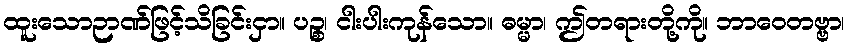
ထူးသောဉာဏ်ဖြင့်သိခြင်းငှာ။ ပဉ္စ၊ ငါးပါးကုန်သော။ ဓမ္မာ၊ ဤတရားတို့ကို။ ဘာဝေတဗ္ဗာ၊